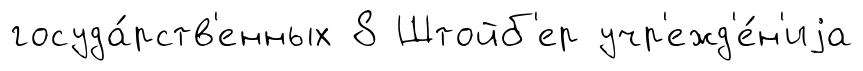
госуда́рств'енных 8 Штойб'ер учр'ежд'е́н'иjа